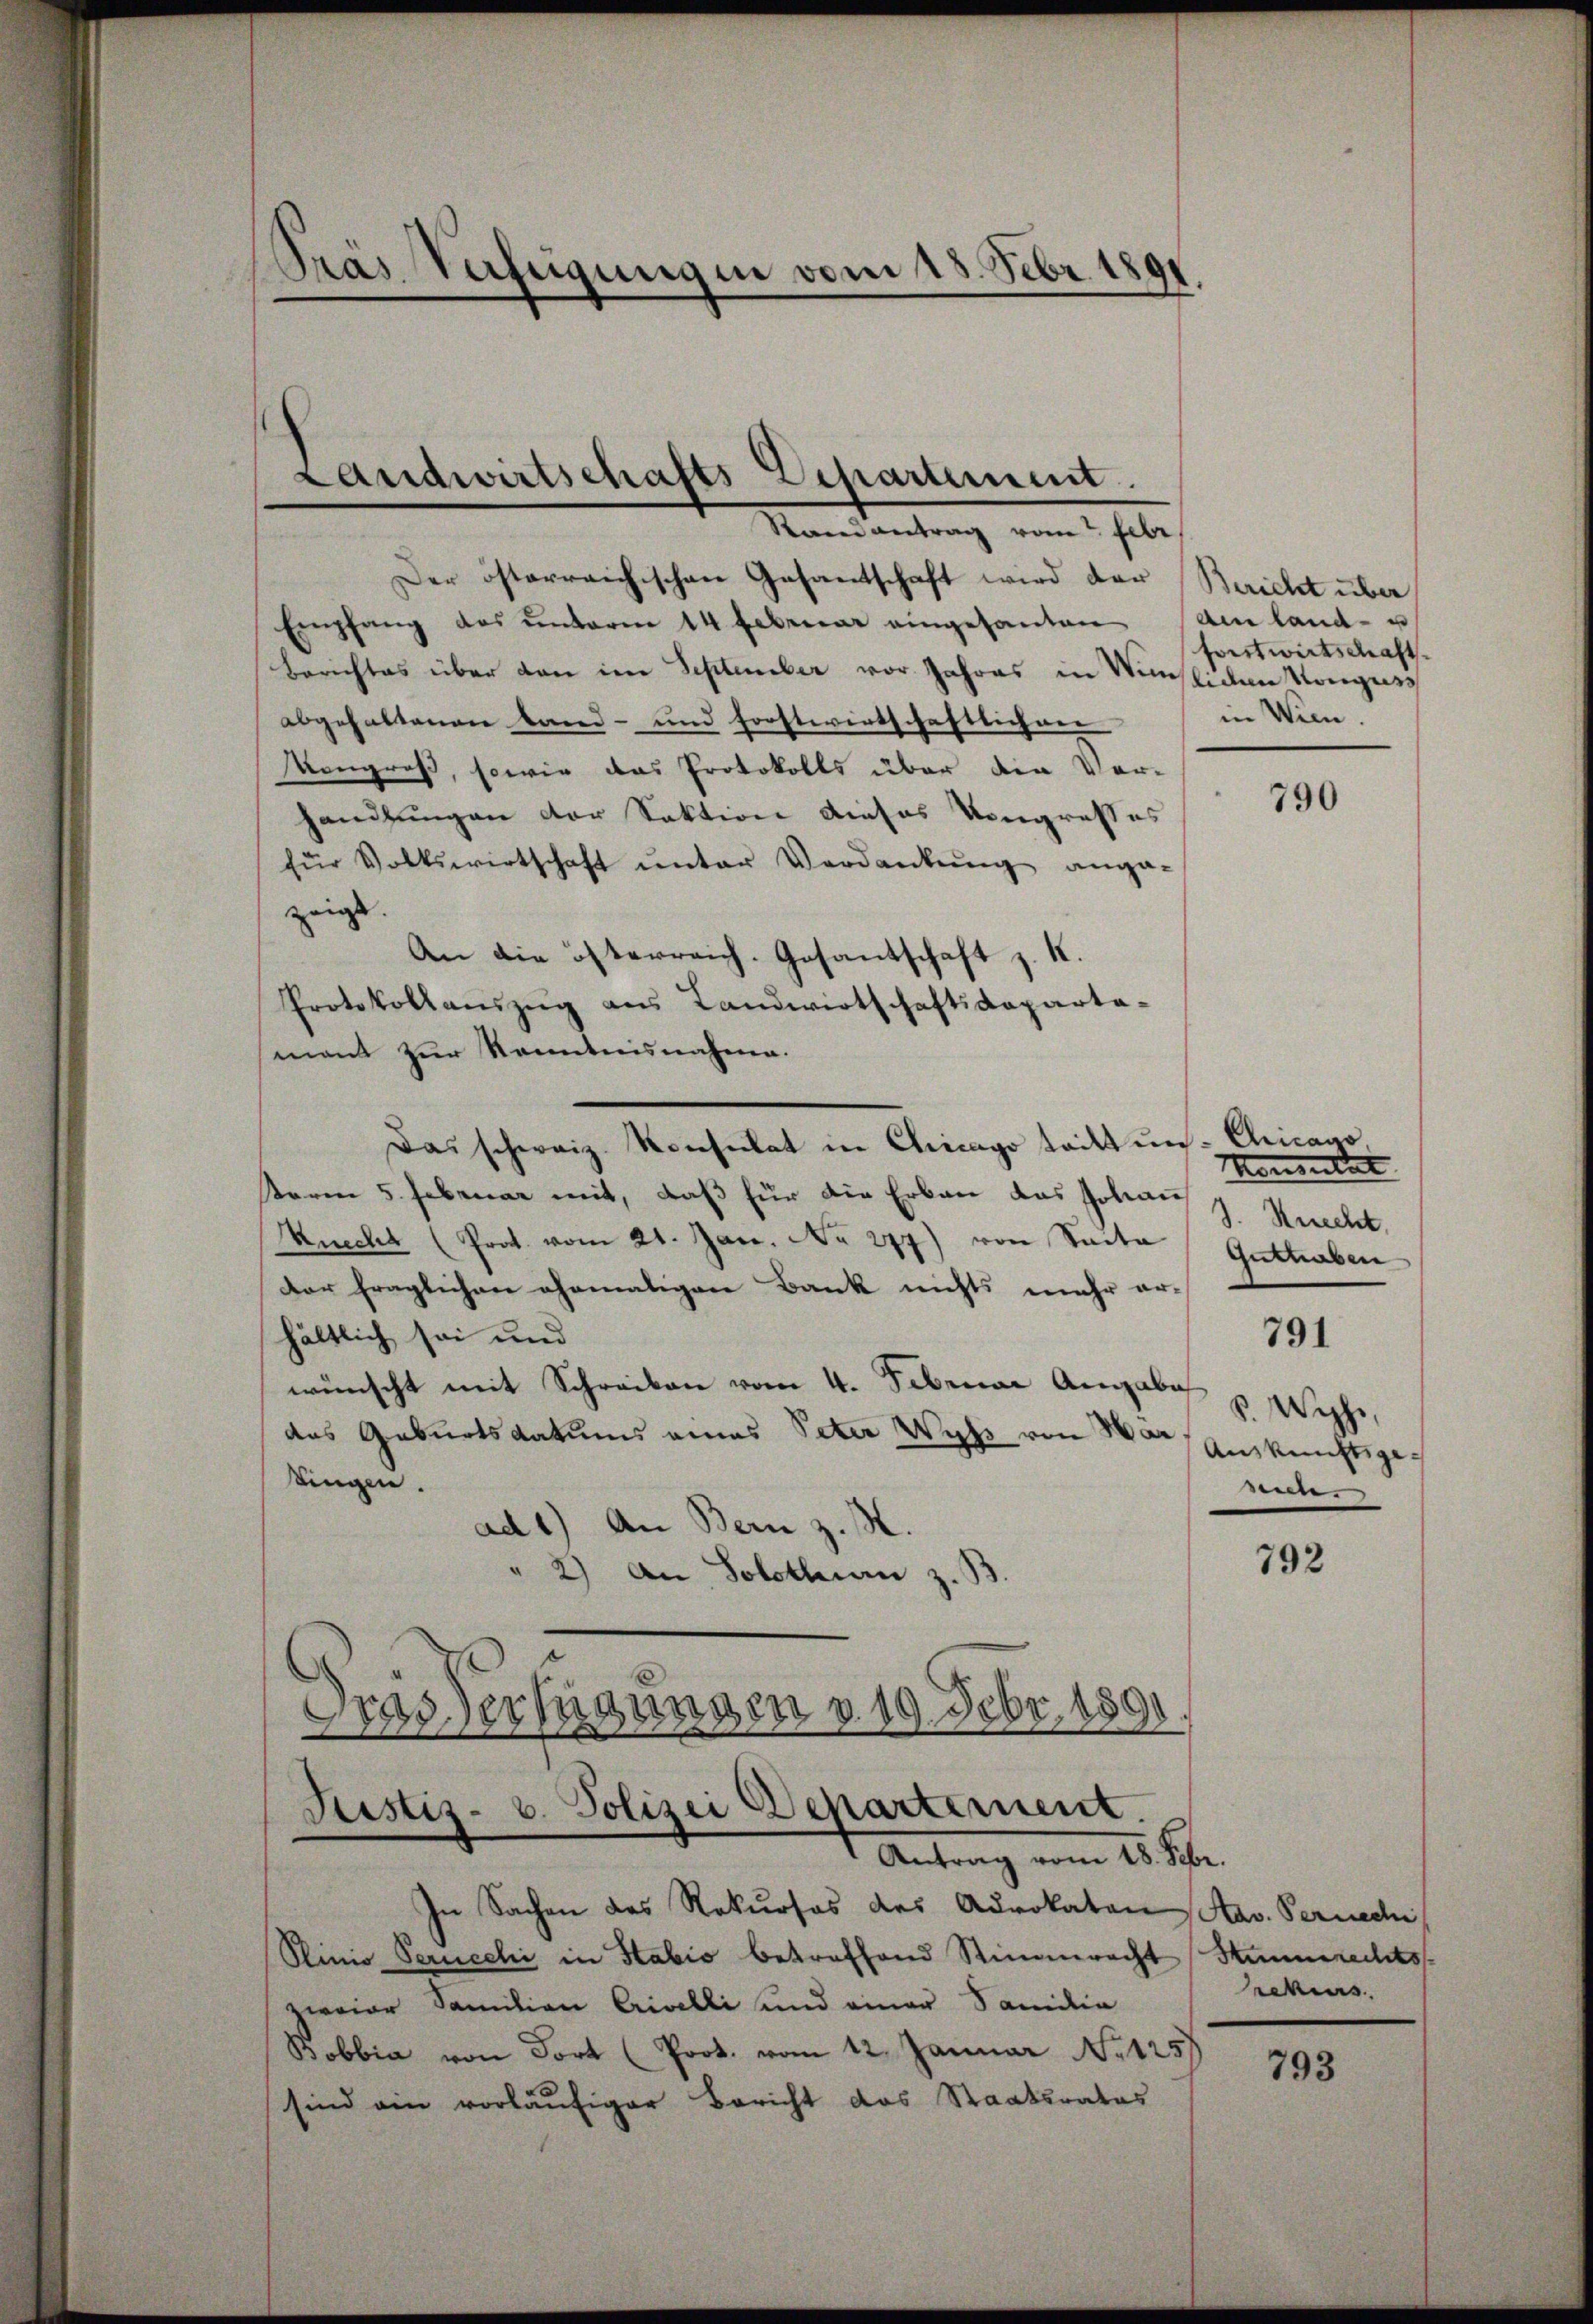
Präs. Verfeigungen vom 28. Febr. 1891

Randantrag vom Febr
Der österreichischen Gesantschaft wird der Bericht über
Empfang des ŭnterm 14. Februar eingesanten Anland- u
Berichtes über den im September vor Jahres in Wiesliden Konguss
abgehaltenen Land- und Forstwirtschaftlichen
Kongroß, sowie das Protokolls über die Ver-
handlungen der Sektion dieses Vorgrosses
für Volkswirtschaft ŭnter Verdankŭng ange-
zeigt. |
An die österreich-Gosantschaft z. K.
Protokollaŭszŭg aŭs Landwirtschaftsdeparta-
mant zur Kenntnisnahme.
Das schweiz. Konsulat in Chicago tritt un- Chicago,
toren 5. Februar mit, daß für die Erbau das Johan
J. Ruecht.
Knecht (Prot. vom 21. Jan. No 277) von Saita
der fraglichen ehemaligen Bank nichts mehr er-
hältlich sei und
791
wünscht mit Schreiben vom 4. Februar Angabe
das Geburtsdatums eines Peter Wyss von War Auskunftsgetingen.
men.
ad 1.) An Bern z. M.
792
" 2) An Solothurn z. B
Gras einigungen d. 19 Febr. 1891.
Justiz- u. Polizei Departement.

Landwirtschafts Departement.

Antrag vom 18. Febr.

In Sachen des Rekurses des Advokaten
Sinio Perucchi in Stabio betreffend Stimmrecht
zwaier Sanitian Crivelli und einer Familie
Bobbia von dort (Prot. vom 12. Januar No 1257
sind ein vorläufiger Bericht das Staatsrates

forstwirtschaft
in Wien.

790

Momentat
Guthaben
v. Wyss,

Hav. Fernedi
Summerechts
rckens

793